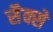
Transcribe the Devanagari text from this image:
सैक्से